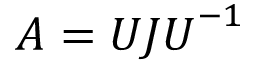
\boldsymbol { A } = \boldsymbol { U } \boldsymbol { J } \boldsymbol { U } ^ { - 1 }